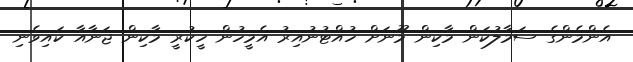
އެންމެންގެ ސަމާލުކަން މާކިން މޫނަށް ހުއްޓުނުއިރު އެމީހުން ހީކުރީ މާކިން ޖަނާއާ ކައިވެނި